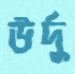
উর্দু